Mental hospitals Bombay report 1929-33 - 1929-1933
Year: 1929
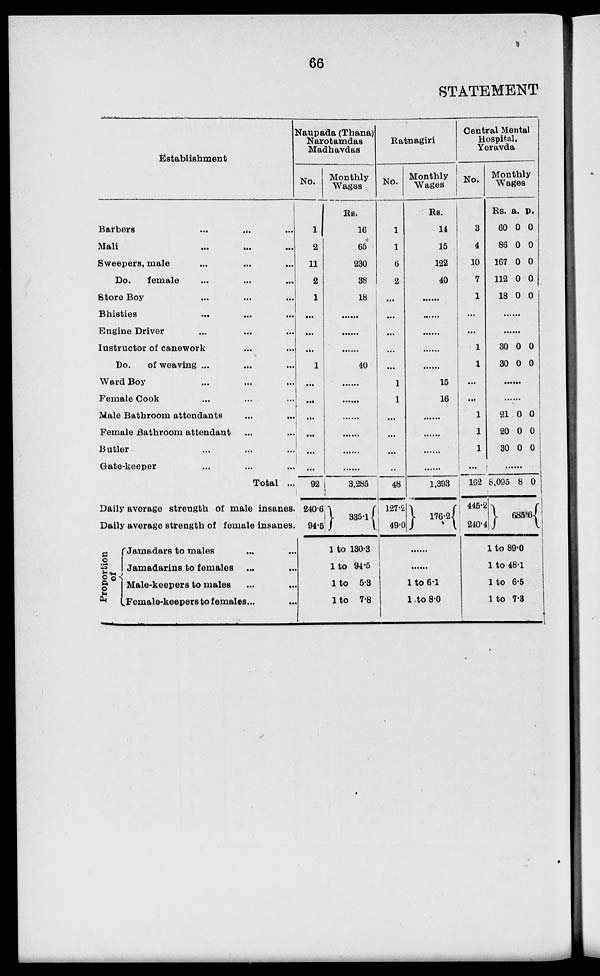
66
STATEMENT
Establishment
Barbers
...
...
...
Mali
...
...
...
Sweepers, male ... ... ...
Do.
female ... ... ...
Store Boy ... ... ...
Bhisties ... ... ...
Engine Driver ... ... ...
Instructor of canework ... ... ...
Do.
of weaving ... ... ...
Ward Boy ... ... ...
Female Cook ... ... ...
Male Bathroom attendants ... ... ...
Female Bathroom attendant ... ... ...
Butler ... ... ...
Gate-keeper ... ... ...
Total ...
Daily average strength of male insanes.
Daily average strength of female insanes.
Proportion
of
Jamadars to males ... ...
Jamadarins to females ... ...
Male-keepers to males ... ...
Female-keepers to females ... ...
Naupada (Thana)
Narotamdas
Madhavdas
No.
1
2
11
2
1
...
...
...
1
...
...
...
...
...
...
92
240.6
94.5
Monthly
Wages
Rs.
16
65
230
38
18
......
......
......
40
......
......
......
......
......
......
3,286
335.1
1 to 130.3
1 to 94.6
1 to 5.3
1 to 7.8
Ratnagiri
No.
1
1
6
2
...
...
...
...
...
1
1
...
...
...
...
48
127.2
49.0
Monthly
Wages
Rs.
14
15
122
40
......
......
......
......
......
15
16
......
......
......
......
1,393
176.2
......
......
1 to 6.1
1 to 8.0
Central Mental
Hospital,
Yeravda
No.
3
4
10
7
1
...
...
1
1
...
...
1
1
1
...
162
445.2
240.4
Monthly
Wages
Rs.
60
86
167
112
18
a.
0
0
0
0
0
P.
0
0
0
0
0
......
......
30
30
0
0
0
0
......
......
21
20
30
0
0
0
0
0
0
......
8,095 8 0
685.6
1 to 89.0
1 to 48.1
1 to 6.5
1 to 7.3